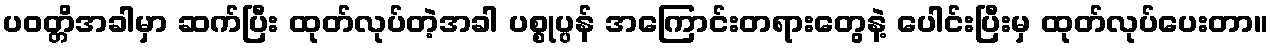
ပဝတ္တိအခါမှာ ဆက်ပြီး ထုတ်လုပ်တဲ့အခါ ပစ္စုပ္ပန် အကြောင်းတရားတွေနဲ့ ပေါင်းပြီးမှ ထုတ်လုပ်ပေးတာ။